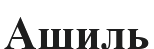
Ашиль